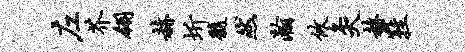
左芥翎赫圻髓然瀚攸灸赫鞋